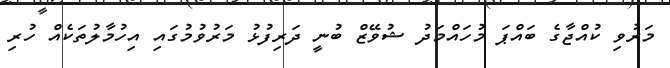
މަރުވި ކުއްޖާގެ ބައްޕަ މުހައްމަދު ޝުވޭޒް ބުނީ ދަރިފުޅު މަރުވުމުގައި އިހުމާލުތަކެއް ހުރި